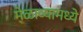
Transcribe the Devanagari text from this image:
मेळाव्यामध्ये